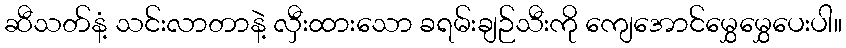
ဆီသတ်နံ့ သင်းလာတာနဲ့ လှီးထားသော ခရမ်းချဉ်သီးကို ကျေအောင်မွှေမွှေပေးပါ။